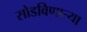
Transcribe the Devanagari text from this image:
सोडविणाऱ्या